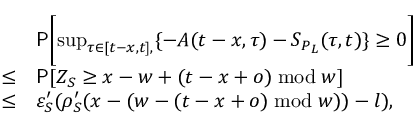
\begin{array} { r l } & { \mathsf { P } \biggl [ \operatorname* { s u p } _ { \tau \in [ t - x , t ] , } \{ - A ( t - x , \tau ) - S _ { P _ { L } } ( \tau , t ) \} \ge 0 \biggr ] } \\ { \le } & { \mathsf { P } [ Z _ { S } \ge x - w + ( t - x + o ) \bmod w ] } \\ { \le } & { \varepsilon _ { S } ^ { \prime } ( \rho _ { S } ^ { \prime } ( x - ( w - ( t - x + o ) \bmod w ) ) - l ) , } \end{array}